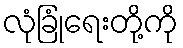
လုံခြုံရေးတို့ကို